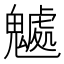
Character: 𩴘